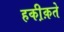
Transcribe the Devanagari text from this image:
हकी़क़ते